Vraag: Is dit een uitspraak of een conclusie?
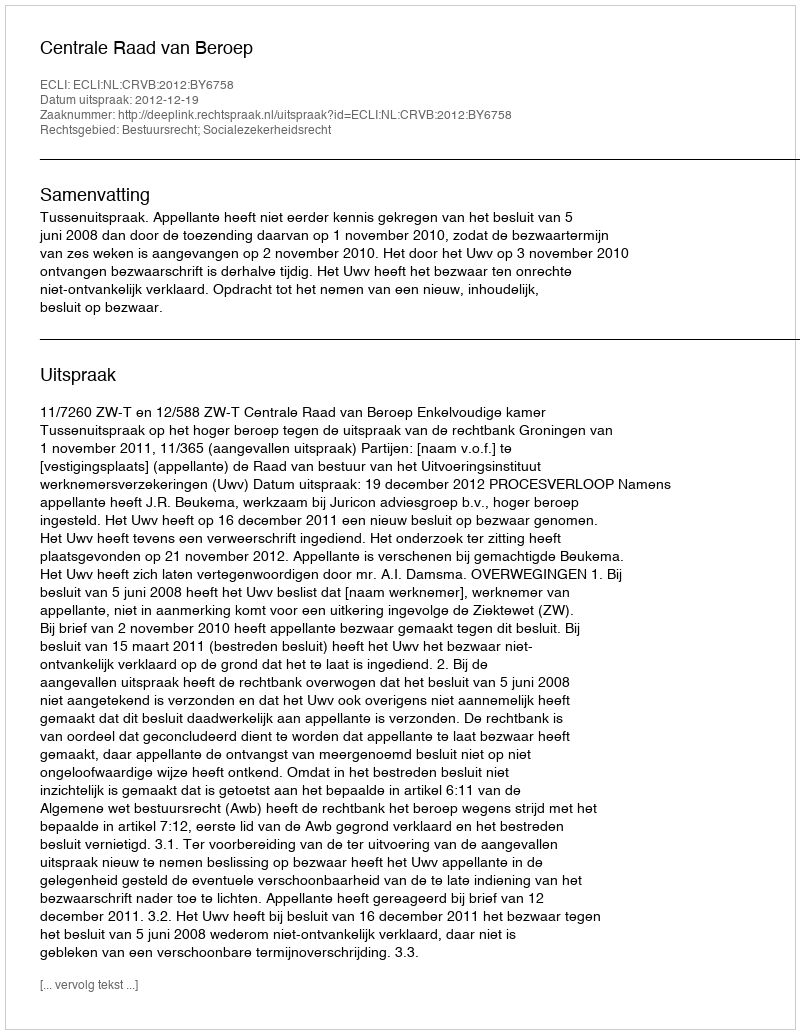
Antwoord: Uitspraak